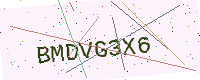
Text: BMDVG3X6